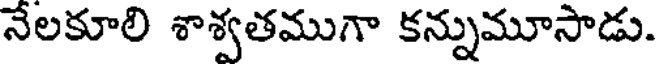
నేలకూలి శాశ్వతముగా కన్నుమూసాడు.